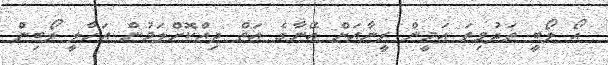
އޯ ލޯބީ ތަދުވިތަ އަމީން ރީނާއަށް އޭނާގެ އަތް ދިއްކޮށްލަމުން އަހާލީ ލޯބިން